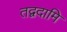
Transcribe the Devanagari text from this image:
तद्वदामि